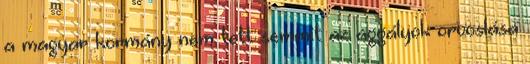
a magyar kormány nem tett semmit az aggályok orvoslása